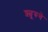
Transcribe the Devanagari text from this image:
श्त्रूरुचे